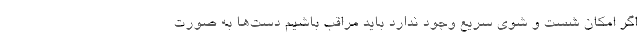
اگر امکان شست و شوی سریع وجود ندارد باید مراقب باشیم دست‌ها به ‌صورت